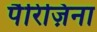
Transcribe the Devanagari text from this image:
पैरिज़िना